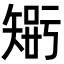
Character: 𥏴